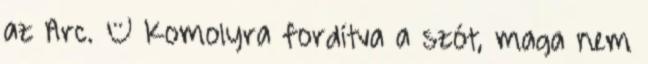
az Arc. – Komolyra fordítva a szót, maga nem